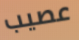
عصيب